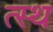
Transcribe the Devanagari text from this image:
त्स्थ